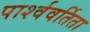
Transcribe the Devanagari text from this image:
पार्श्ववर्तिता